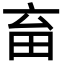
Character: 𤰸